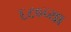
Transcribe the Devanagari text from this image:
६८०च्या